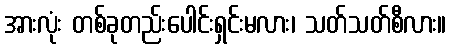
အားလုံး တစ်ခုတည်းပေါင်းရှင်းမလား၊ သတ်သတ်စီလား။